Report of the Indian Hemp Drugs Commission, 1894-1895 - Volume IV
Year: 1894
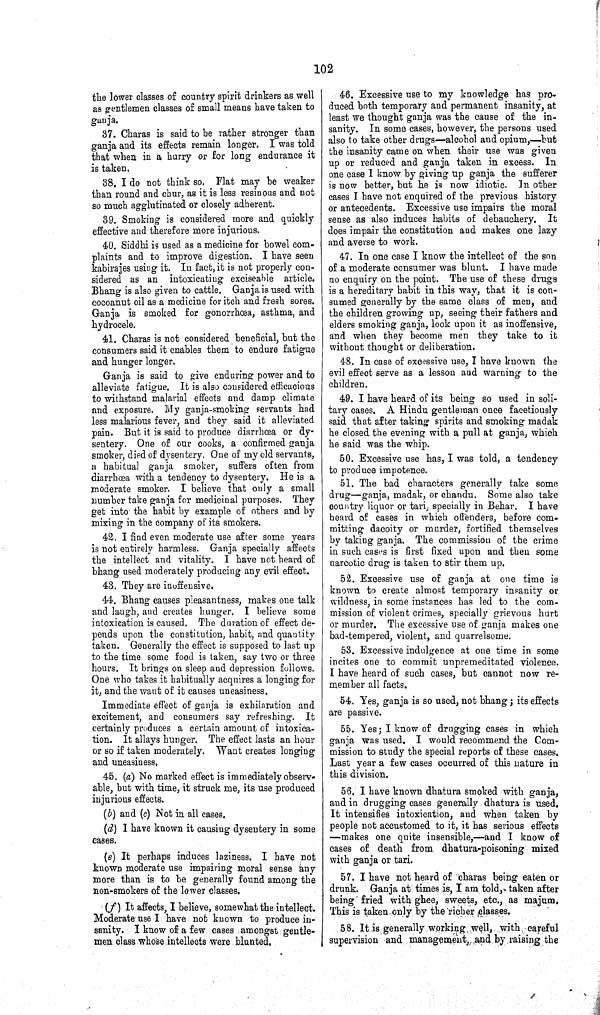
102
the lower classes of country spirit drinkers as well
as gentlemen classes of small means have taken to
ganja.
37. Charas is said to be rather stronger than
ganja and its effects remain longer. I was told
that when in a hurry or for long endurance it
is taken.
88. I do not think so. Flat may be weaker
than round and chur, as it is less resinous and not
so much agglutinated or closely adherent.
39. Smoking is considered more and quickly
effective and therefore more injurious.
40. Siddhi is used as a medicine for bowel com¬
plaints and to improve digestion. I have seen
kabirajes using it. In fact, it is not properly con¬
sidered as an intoxicating exciseable article.
Bhang is also given to cattle. Ganja is used with
cocoanut oil as a medicine for itch and fresh sores.
Ganja is smoked for gonorrhœa, asthma, and
hydrocele.
41. Charas is not considered beneficial, but the
consumers said it enables them to endure fatigue
and hunger longer.
Ganja is said to give enduring power and to
alleviate fatigue. It is also considered efficacious
to withstand malarial effects and damp climate
and exposure. My ganja-smoking servants had
less malarious fever, and they said it alleviated
pain. But it is said to produce diarrhœa or dy¬
sentery. One of our cooks, a confirmed ganja
smoker, died of dysentery. One of my old servants,
a habitual ganja smoker, suffers often from
diarrhœa with a tendency to dysentery. He is a
moderate smoker. I believe that only a small
number take ganja for medicinal purposes. They
get into the habit by example of others and by
mixing in the company of its smokers.
42. I find even moderate use after some years
is not entirely harmless. Ganja specially affects
the intellect and vitality. I have not heard of
bhang used moderately producing any evil effect.
43. They are inoffensive.
44. Bhang causes pleasantness, makes one talk
and laugh, and creates hunger. I believe some
intoxication is caused. The duration of effect de¬
pends upon the constitution, habit, and quantity
taken. Generally the effect is supposed to last up
to the time some food is taken, say two or three
hours. It brings on sleep and depression follows.
One who takes it habitually acquires a longing for
it, and the want of it causes uneasiness.
Immediate effect of ganja is exhilaration and
excitement, and consumers say refreshing. It
certainly produces a certain amount of intoxica¬
tion. It allays hunger. The effect lasts an hour
or so if taken moderately. Want creates longing
and uneasiness.
45. (a) No marked effect is immediately observ¬
able, but with time, it struck me, its use produced
injurious effects.
(b) and (c) Not in all cases.
(d) I have known it causing dysentery in some
cases.
(e) It perhaps induces laziness. I have not
known moderate use impairing moral sense any
more than is to be generally found among the
non-smokers of the lower classes.
(f) It affects, I believe, somewhat the intellect.
Moderate use I have not known to produce in¬
sanity. I know of a few cases amongst gentle¬
men class whose intellects were blunted.
46. Excessive use to my knowledge has pro¬
duced both temporary and permanent insanity, at
least we thought ganja was the cause of the in¬
sanity. In some cases, however, the persons used
also to take other drugs—alcohol and opium,—but
the insanity came on when their use was given
up or reduced and ganja taken in excess. In
one case I know by giving up ganja the sufferer
is now better, but he is now idiotic. In other
cases I have not enquired of the previous history
or antecedents. Excessive use impairs the moral
sense as also induces habits of debauchery. It
does impair the constitution and makes one lazy
and averse to work.
47. In one case I know the intellect of the son
of a moderate consumer was blunt. I have made
no enquiry on the point. The use of these drugs
is a hereditary habit in this way, that it is con¬
sumed generally by the same class of men, and
the children growing up, seeing their fathers and
elders smoking ganja, look upon it as inoffensive,
and when they become men they take to it
without thought or deliberation.
48. In case of excessive use, I have known the
evil effect serve as a lesson and warning to the
children.
49. I have heard of its being so used in soli¬
tary cases. A Hindu gentleman once facetiously
said that after taking spirits and smoking madak
he closed the evening with a pull at ganja, which
he said was the whip.
50. Excessive use has, I was told, a tendency
to produce impotence.
51. The bad characters generally take some
drug—ganja, madak, or chandu. Some also take
country liquor or tari, specially in Behar. I have
heard of cases in which offenders, before com¬
mitting dacoity or murder, fortified themselves
by taking ganja. The commission of the crime
in such cases is first fixed upon and then some
narcotic drug is taken to stir them up.
52. Excessive use of ganja at one time is
known to create almost temporary insanity or
wildness, in some instances has led to the com¬
mission of violent crimes, specially grievous hurt
or murder. The excessive use of ganja makes one
bad-tempered, violent, and quarrelsome.
53. Excessive indulgence at one time in some
incites one to commit unpremeditated violence.
I have heard of such cases, but cannot now re¬
member all facts.
54. Yes, ganja is so used, not bhang; its effects
are passive.
55. Yes; I know of drugging cases in which
ganja was used. I would recommend the Com¬
mission to study the special reports of these cases.
Last year a few cases occurred of this nature in
this division.
56. I have known dhatura smoked with ganja,
and in drugging cases generally dhatura is used.
It intensifies intoxication, and when taken by
people not accustomed to it, it has serious effects
—makes one quite insensible,—and I know of
cases of death from dhatura-poisoning mixed
with ganja or tari.
57. I have not heard of charas being eaten or
drunk. Ganja at times is, I am told, taken after
being fried with ghee, sweets, etc., as majum.
This is taken only by the richer classes.
58. It is generally working, well, with careful
supervision and management, and by raising the